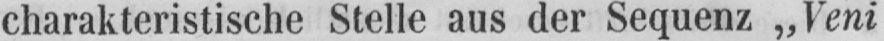
charakteristische Stelle aus der Sequenz „Veni